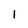
Character: 1